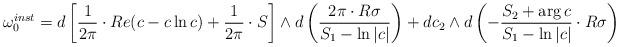
LaTeX: \begin{align*}\omega_0^{inst} = d\left[ \frac{1}{2\pi} \cdot Re(c -c \ln c) + \frac{1}{2\pi} \cdot S \right] \wedge d\left( \frac{2\pi \cdot R \sigma}{S_1 - \ln|c|} \right) + dc_2 \wedge d\left( - \frac{S_2 + \arg c}{S_1 - \ln|c|} \cdot R \sigma \right)\end{align*}